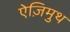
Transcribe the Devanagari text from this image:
ऐज़िमुथ